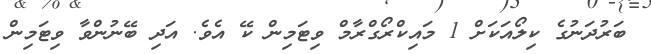
ބަރުދަނުގެ ކިލޯއަކަށް 1 މައިކްރޯގްރާމް ވިޓަމިން ކޭ އެވެ. އަދި ބޭނުންވާ ވިޓަމިން